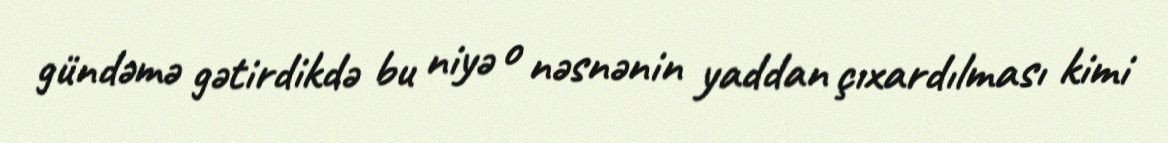
gündəmə gətirdikdə bu niyə o nəsnənin yaddan çıxardılması kimi